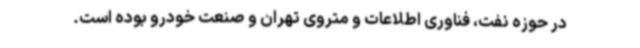
در حوزه نفت، فناوری اطلاعات و متروی تهران و صنعت خودرو بوده است.